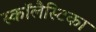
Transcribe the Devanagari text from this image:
स्कॉलैस्टिका